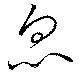
衆